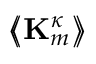
\bigl \langle \! \! \bigl \langle \mathbf { K } _ { m } ^ { \kappa } \bigr \rangle \! \! \bigr \rangle